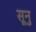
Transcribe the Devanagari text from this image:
सूनु